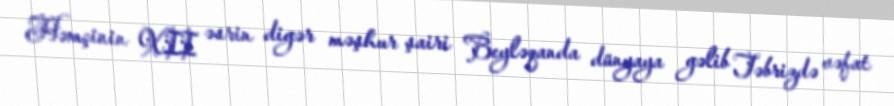
Həmçinin XII əsrin digər məşhur şairi Beyləqanda dünyaya gəlib Təbrizdə vəfat